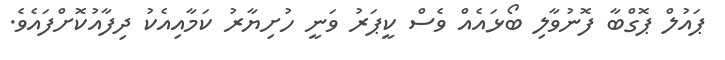
ޕައުލް ޕޮގްބާ ފޮނުވާލި ބޯޅައެއް ވެސް ކީޕަރު ވަނީ ހުށިޔާރު ކަމާއިއެކު ދިފާއުކޮށްފައެވެ.